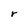
Character: r